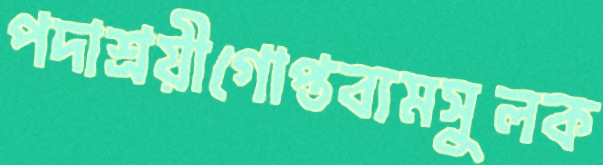
পদাশ্রয়ীগোপ্তব্যমসুলক